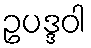
ဥပဒ္ဒဝါ